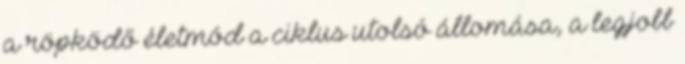
a röpködő életmód a ciklus utolsó állomása, a legjobb